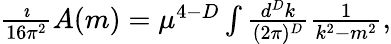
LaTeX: \begin{array}{r}{\frac{\imath}{16\pi^{2}}A(m)=\mu^{4-D}\int\frac{d^{D}k}{(2\pi)^{D}}\frac{1}{k^{2}-m^{2}},}\end{array}